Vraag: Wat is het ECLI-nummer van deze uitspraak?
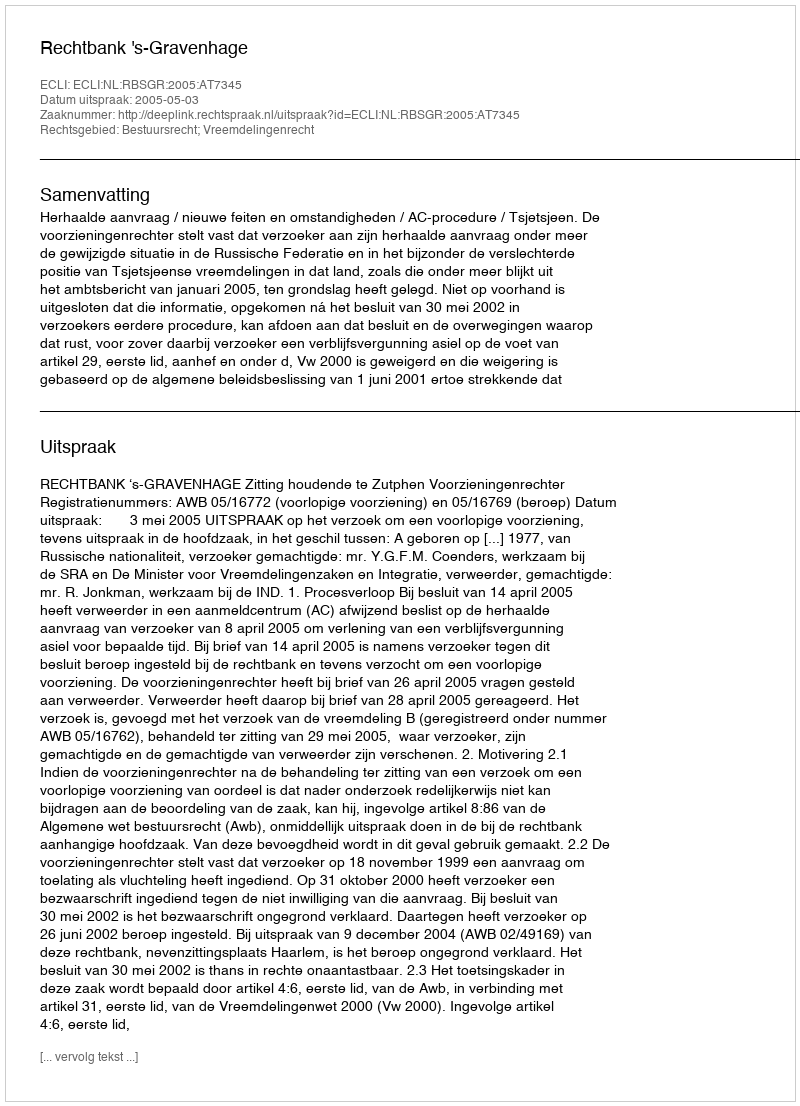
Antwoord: ECLI:NL:RBSGR:2005:AT7345